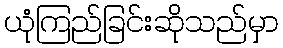
ယုံကြည်ခြင်းဆိုသည်မှာ